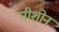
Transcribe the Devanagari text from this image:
पीशोन